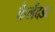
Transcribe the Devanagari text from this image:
कैलेंदडर